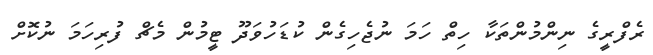
ރެފްރީގެ ނިންމުންތަކާ ހިތް ހަމަ ނުޖެހިގެން ކުޑަހުވަދޫ ޓީމުން މެޗް ފުރިހަމަ ނުކޮށް